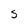
Character: S